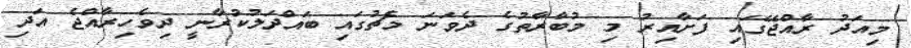
މިއަދު ރާއްޖޭގައި ފަށާއިރު މި މުބާރާތުގެ ދެވަނަ މެޗުގައި ބައްދަލުކުރާނީ ދިވެހިރާއްޖެ އަދި